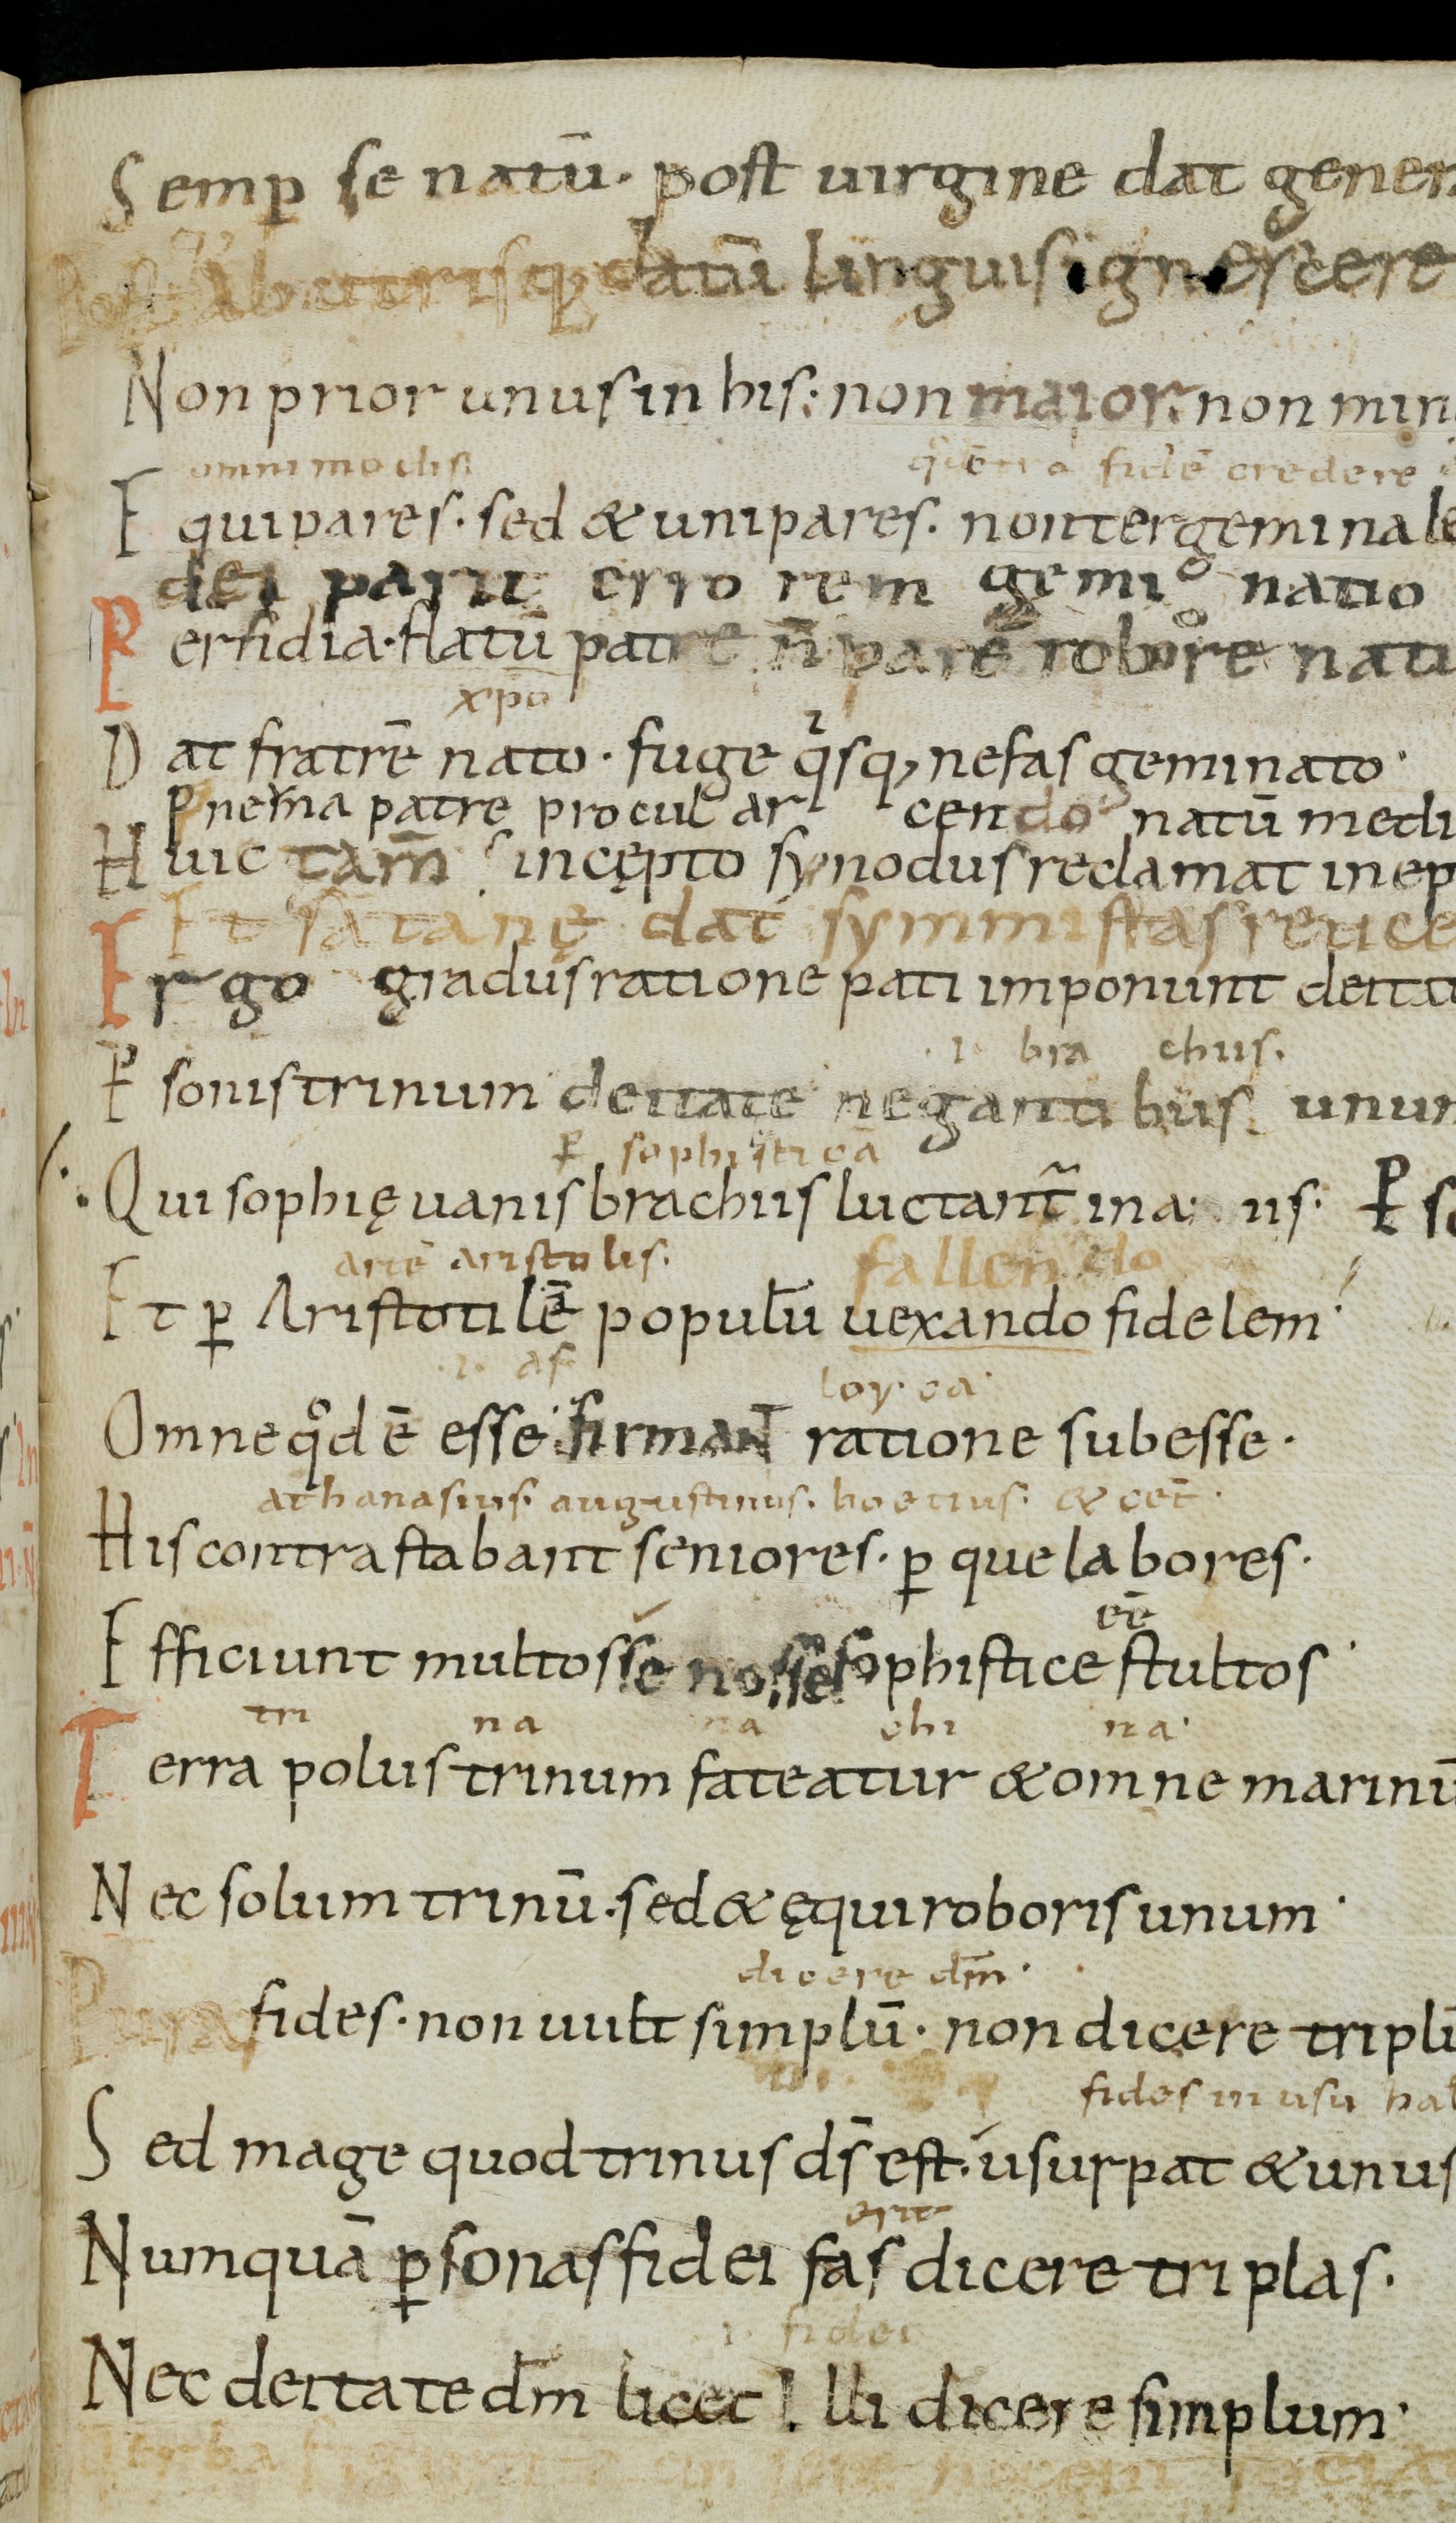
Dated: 1000–1099